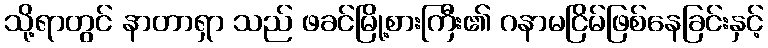
သို့ရာတွင် နာတာရှာ သည် ဖခင်မြို့စားကြီး၏ ဂနာမငြိမ်ဖြစ်နေခြင်းနှင့်